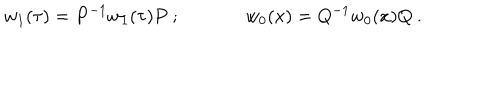
w _ { 1 } ( \tau ) = P ^ { - 1 } w _ { 1 } ( \tau ) P ~ ; ~ ~ w _ { 0 } ( x ) = Q ^ { - 1 } w _ { 0 } ( x ) Q ~ .